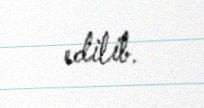
edilib.